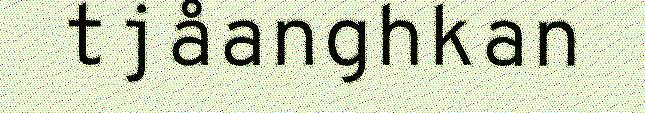
tjåanghkan